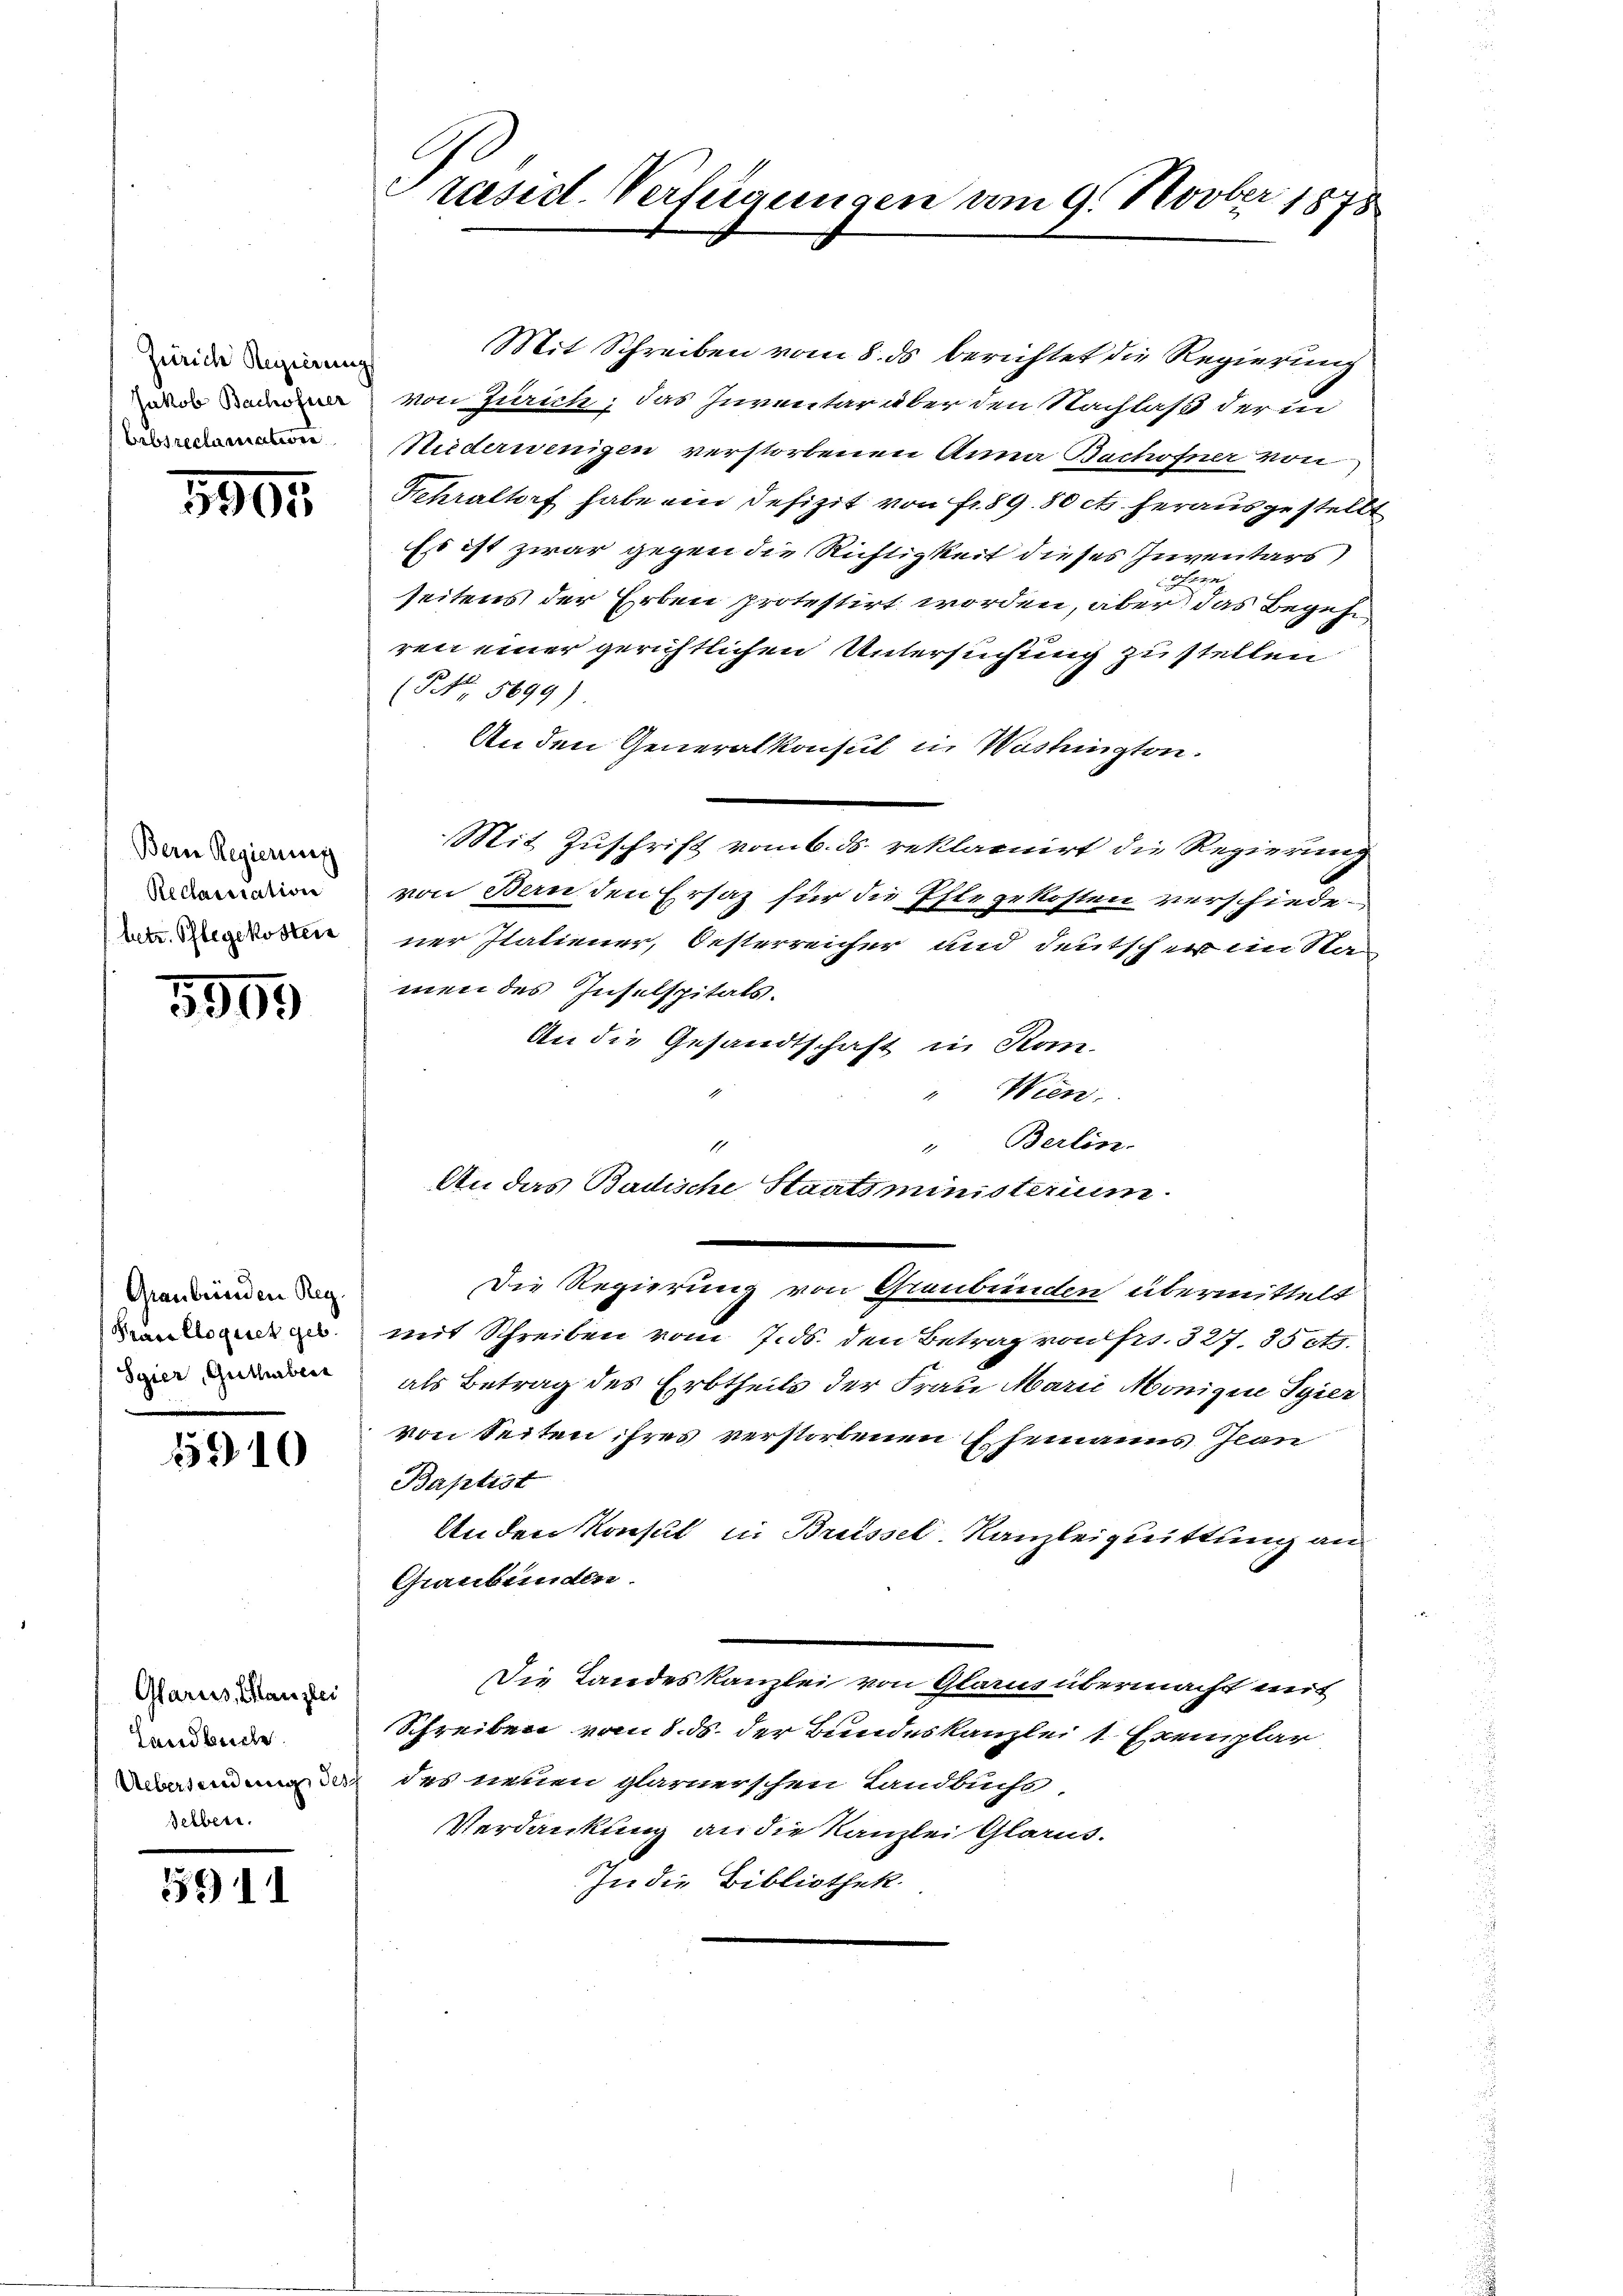
Zürich Regierung
Jakob Bachofner
Erbsreclamation

3904

Bern Regierung
Reclaration
betr. Pflegekosten

5909

Graubünden Reg
Prara Elogues geb.
Sgier, Guthaben

5310

Glarus, Kanzlei
Landbuche
selber.

59) 11

raesid. Verlegungen vom 9. Novber 1878

Mit Schreiben vom 8. ds berichtet die Regierung
von Zürich, das Inventar aber den Nachlaß der in
Niderwenigen verstorbenen Anna Bachofner von
Fehraltorf habe ein Defizit von Fr. 89. 50 cts. herausgestellt
Es ist zwar gegen die Richtigkeit dieses Inventars,
u
seitens der Erben protestirt worden, aber das Begehr
ren einer gerichtlichen Untersuchung zu stellen
(No. 5699)
An den Generalkonsul in Washingten.
Mit Zuschrift vom 6. ds. reklariirt die Regierung
von Banden Ersatz für die Ehlegekosten verschiedener Italiener, Oesterreicher und deutsche im Sta
men des Inselspitals.
An die Gesandtschaft in Kon-
Wien.
" Berlin.
1
An das Badische Staatsministerium
Die Regierung von Graubünden übermittelt
mit Schreiben vom 7. ds. den Betrag von frs. 327. 35 et.
als Betrag des Erbtheils der Frau Marie Monigine Tyier
von Seiten ihres verstorbenen Ehemanns Jean
Baptist
Anden Konsul in Brüssel-Kanzleiquittung an
Graubünden
Die Landeskanzlei von Glarus übermacht mit
Schreiben vom 8. ds. der Bundeskanzlei 1 Exemplar
 des neuen glarnerschen Landbuchs
Verdankung an die Kanzlei Glarus.
In die Bibliothek.